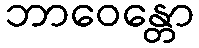
ဘာဝေန္တော